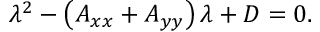
\lambda ^ { 2 } - \left( A _ { x x } + A _ { y y } \right) \lambda + D = 0 .